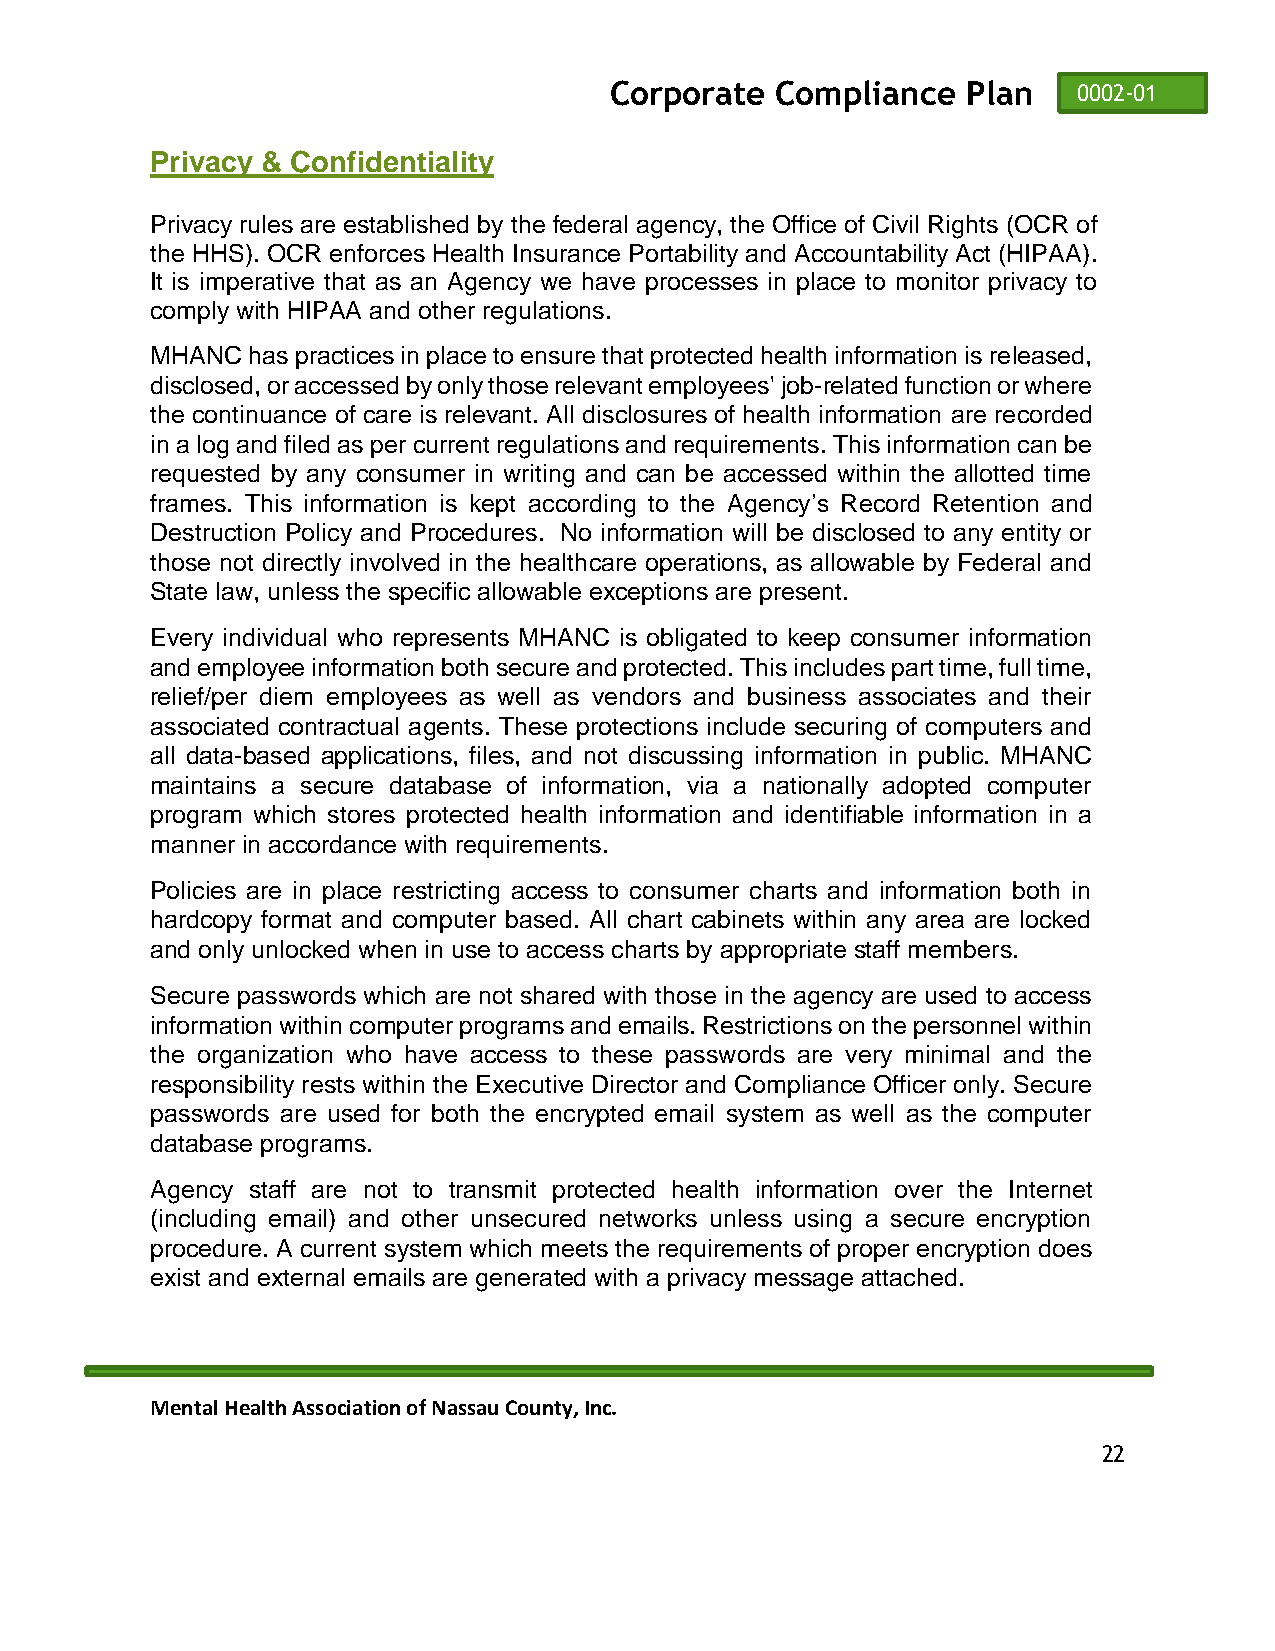
Corporate  Compliance   Plan   0002-01
 Privacy & Confidentiality
 Privacy rules are established by the federal agency, the Office of Civil Rights (OCR of
 the HHS). OCR enforces Health Insurance Portability and Accountability Act (HIPAA).
 It is imperative that as an Agency we have processes in place to monitor privacy to
 comply with HIPAA and other regulations.
 MHANC has practices in place to ensure that protected health information is released,
 disclosed, or accessed by only those relevant employees' job-related function or where
 the continuance of care is relevant. All disclosures of health information are recorded
 in a log and filed as per current regulations and requirements. This information can be
 requested by any consumer in writing and can be accessed within the allotted time
 frames. This information is kept according to the Agency’s Record Retention and
 Destruction Policy and Procedures. No information will be disclosed to any entity or
 those not directly involved in the healthcare operations, as allowable by Federal and
 State law, unless the specific allowable exceptions are present.
 Every individual who represents MHANC is obligated to keep consumer information
 and employee information both secure and protected. This includes part time, full time,
 relief/per diem employees as well as vendors and business associates and their
 associated contractual agents. These protections include securing of computers and
 all data-based applications, files, and not discussing information in public. MHANC
 maintains a secure database of information, via a nationally adopted computer
 program which stores protected health information and identifiable information in a
 manner in accordance with requirements.
 Policies are in place restricting access to consumer charts and information both in
 hardcopy format and computer based. All chart cabinets within any area are locked
 and only unlocked when in use to access charts by appropriate staff members.
 Secure passwords which are not shared with those in the agency are used to access
 information within computer programs and emails. Restrictions on the personnel within
 the organization who have access to these passwords are very minimal and the
 responsibility rests within the Executive Director and Compliance Officer only. Secure
 passwords are used for both the encrypted email system as well as the computer
 database programs.
 Agency staff are not to transmit protected health information over the Internet
 (including email) and other unsecured networks unless using a secure encryption
 procedure. A current system which meets the requirements of proper encryption does
 exist and external emails are generated with a privacy message attached.
 Mental Health Association of Nassau County, Inc.
 22